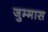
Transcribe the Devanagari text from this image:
जुम्मास